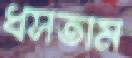
ধসতাম